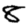
Digit: 8